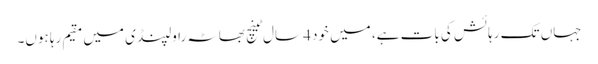
جہاں تک رہائش کی بات ہے، میں خود 4 سال ٹینچ بھاٹہ راولپنڈی میں مقیم رہا ہوں۔